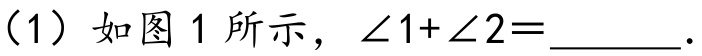
（1）如图 1 所示，\(\angle 1+\angle 2 = \underline{\quad\quad}\).